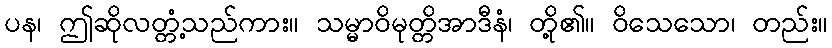
ပန၊ ဤဆိုလတ္တံ့သည်ကား။ သမ္မာဝိမုတ္တိအာဒီနံ၊ တို့၏။ ဝိသေသော၊ တည်း။